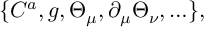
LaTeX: \{ C ^ { a } , g , \Theta _ { \mu } , \partial _ { \mu } \Theta _ { \nu } , \ldots \} ,